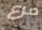
صرع